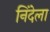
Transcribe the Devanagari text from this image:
निंदेला